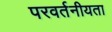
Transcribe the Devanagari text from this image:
परवर्तनीयता